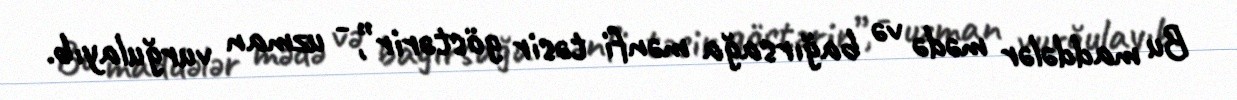
Bu maddələr mədə və bağırsağa mənfi təsir göstərir”, - uzman vurğulayıb.